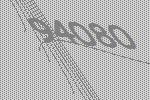
94080